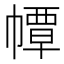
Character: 𢅀